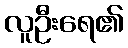
လူဦးရေ၏